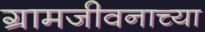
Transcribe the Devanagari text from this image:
ग्रामजीवनाच्या